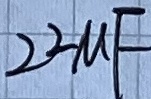
Text: 22µF